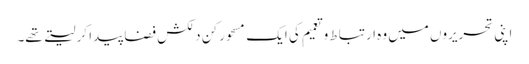
اپنی تحریروں میں وہ ارتباط و تعمیم کی ایک مسحور کن دلکش فضا پیدا کر لیتے تھے۔